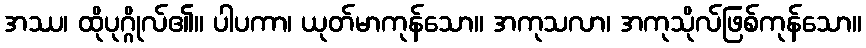
အဿ၊ ထိုပုဂ္ဂိုလ်၏။ ပါပကာ၊ ယုတ်မာကုန်သော။ အကုသလာ၊ အကုသိုလ်ဖြစ်ကုန်သော။